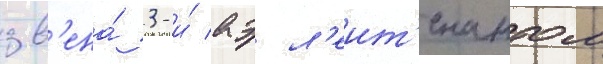
зв'ена́ 3-и́ аэ л'еит'енантом